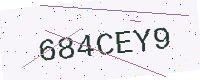
Text: 684CEY9